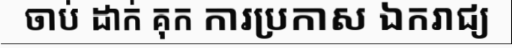
ចាប់ ដាក់ គុក ការប្រកាស ឯករាជ្យ